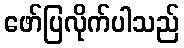
ဖော်ပြလိုက်ပါသည်